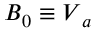
\boldsymbol { B } _ { 0 } \equiv \boldsymbol { V } _ { a }